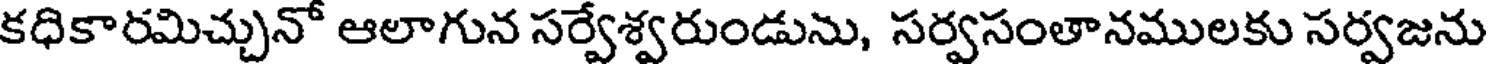
కధికారమిచ్చునో ఆలాగున సర్వేశ్వరుండును, సర్వసంతానములకు సర్వజను